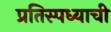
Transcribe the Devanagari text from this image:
प्रतिस्पध्याची